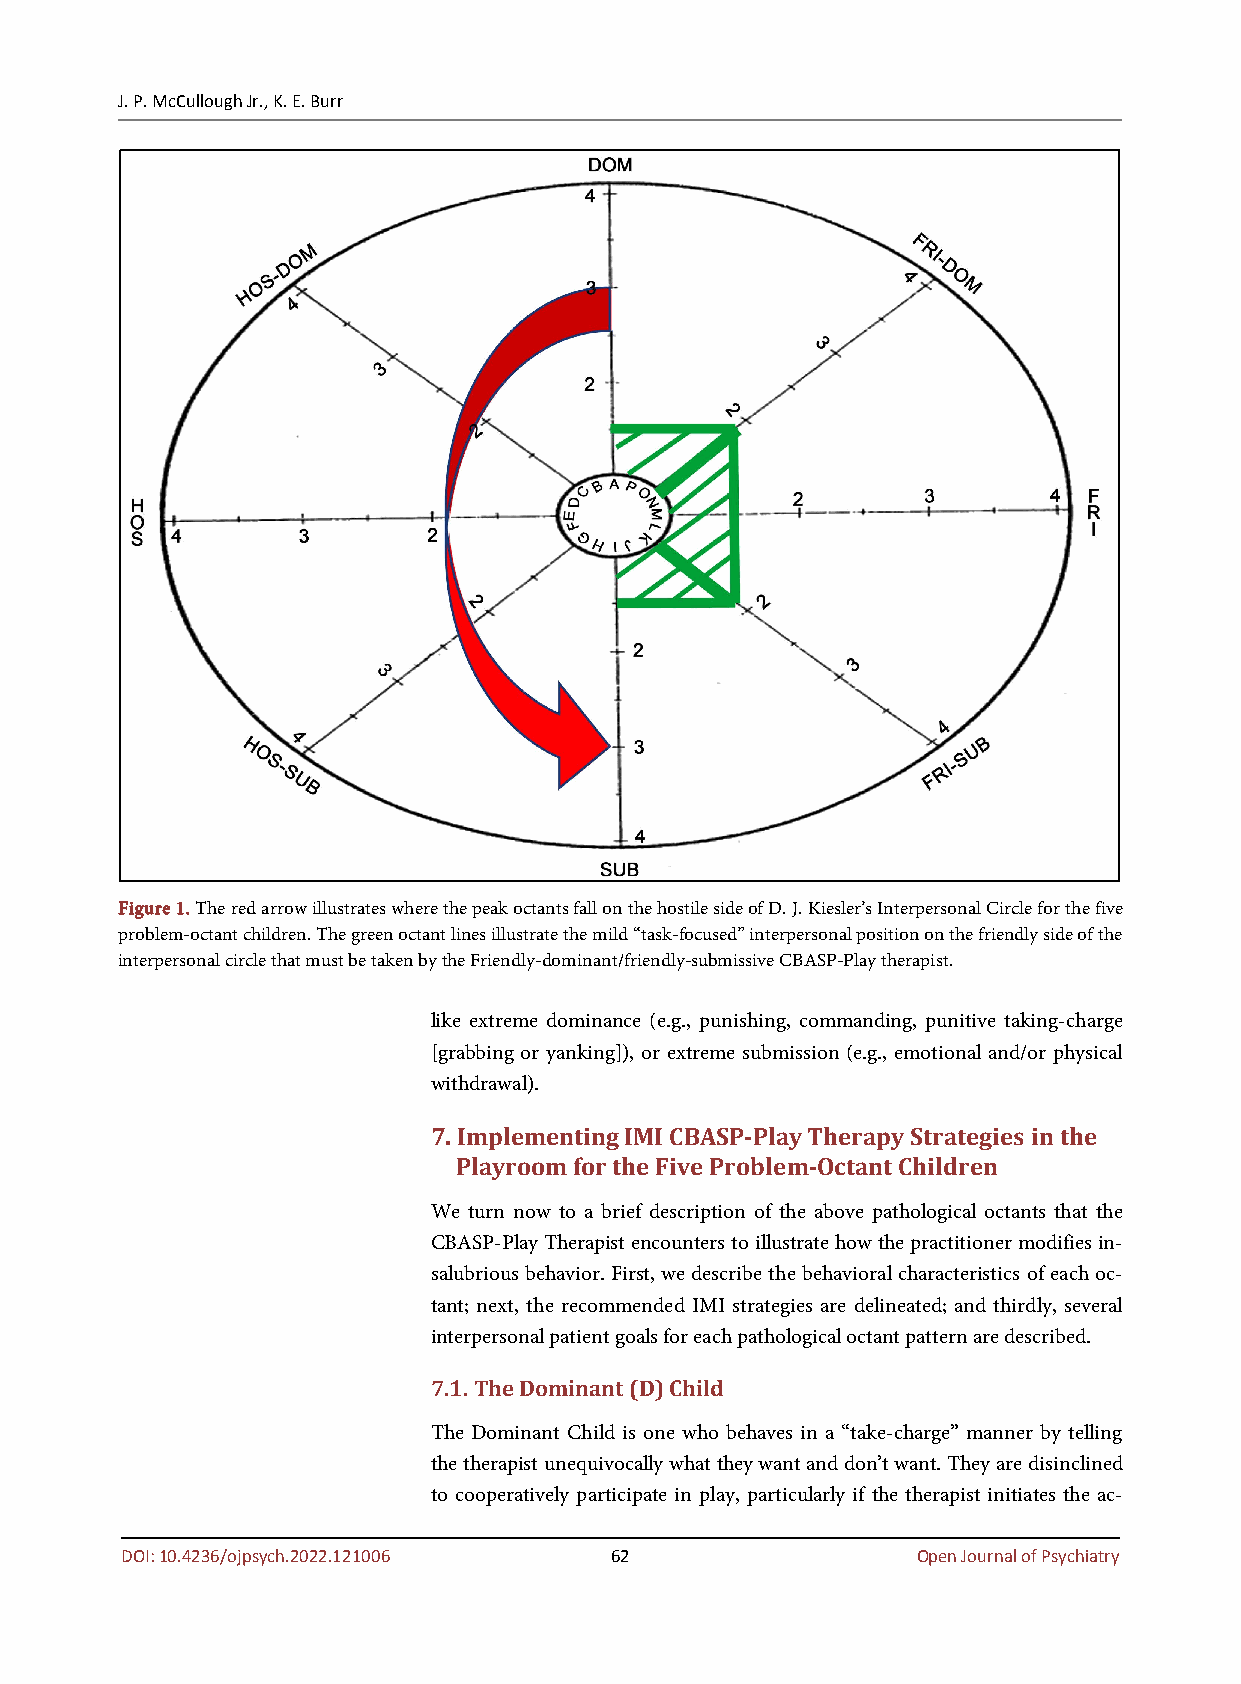
J. P. McCullough Jr., K. E. Burr
 Figure 1. The red arrow illustrates where the peak octants fall on the hostile side of D. J. Kiesler’s Interpersonal Circle for the five
 problem-octant children. The green octant lines illustrate the mild “task-focused” interpersonal position on the friendly side of the
 interpersonal circle that must be taken by the Friendly-dominant/friendly-submissive CBASP-Play therapist.
 like extreme dominance (e.g., punishing, commanding, punitive taking-charge
 [grabbing or yanking]), or extreme submission (e.g., emotional and/or physical
 withdrawal).
 7. Implementing IMI CBASP-Play Therapy Strategies in the
 Playroom for the Five Problem-Octant Children
 We turn now to a brief description of the above pathological octants that the
 CBASP-Play Therapist encounters to illustrate how the practitioner modifies in-
 salubrious behavior. First, we describe the behavioral characteristics of each oc-
 tant; next, the recommended IMI strategies are delineated; and thirdly, several
 interpersonal patient goals for each pathological octant pattern are described.
 7.1. The Dominant (D) Child
 The Dominant Child is one who behaves in a “take-charge” manner by telling
 the therapist unequivocally what they want and don’t want. They are disinclined
 to cooperatively participate in play, particularly if the therapist initiates the ac-
 DOI: 10.4236/ojpsych.2022.121006 62                  Open Journal of Psychiatry